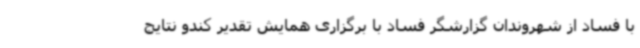
با فساد از شهروندان گزارشگر فساد با برگزاری همایش تقدیر کندو نتایج